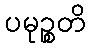
ပမုဉ္စတိ